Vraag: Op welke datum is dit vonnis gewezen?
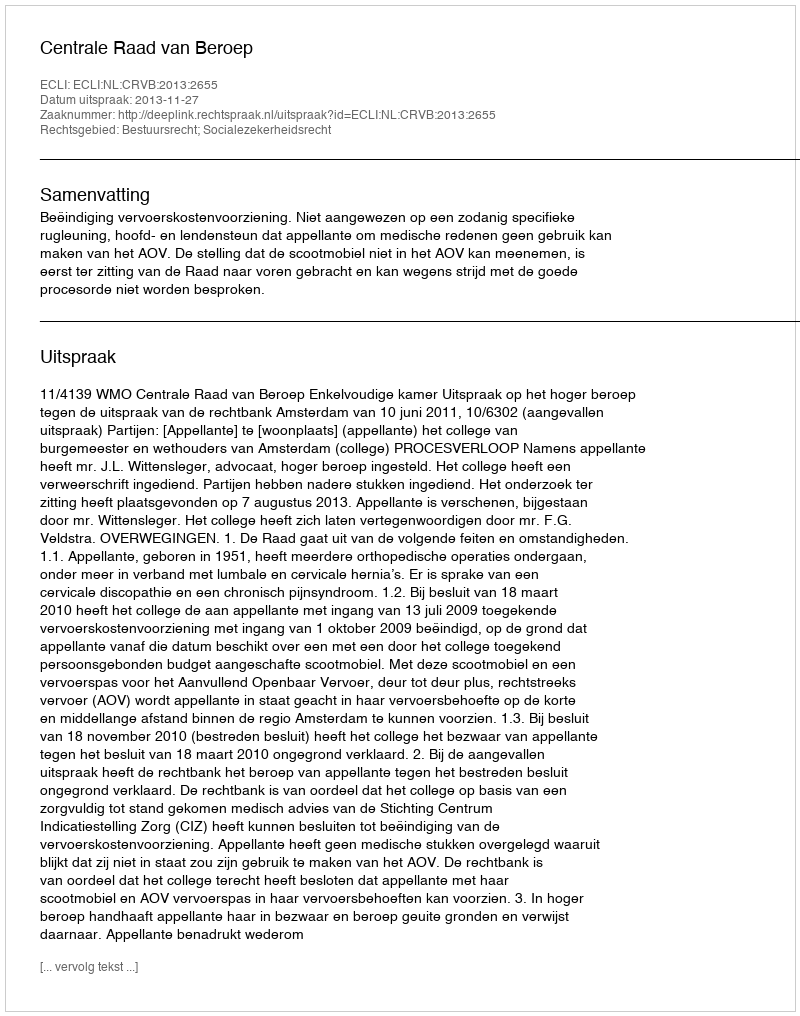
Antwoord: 2013-11-27